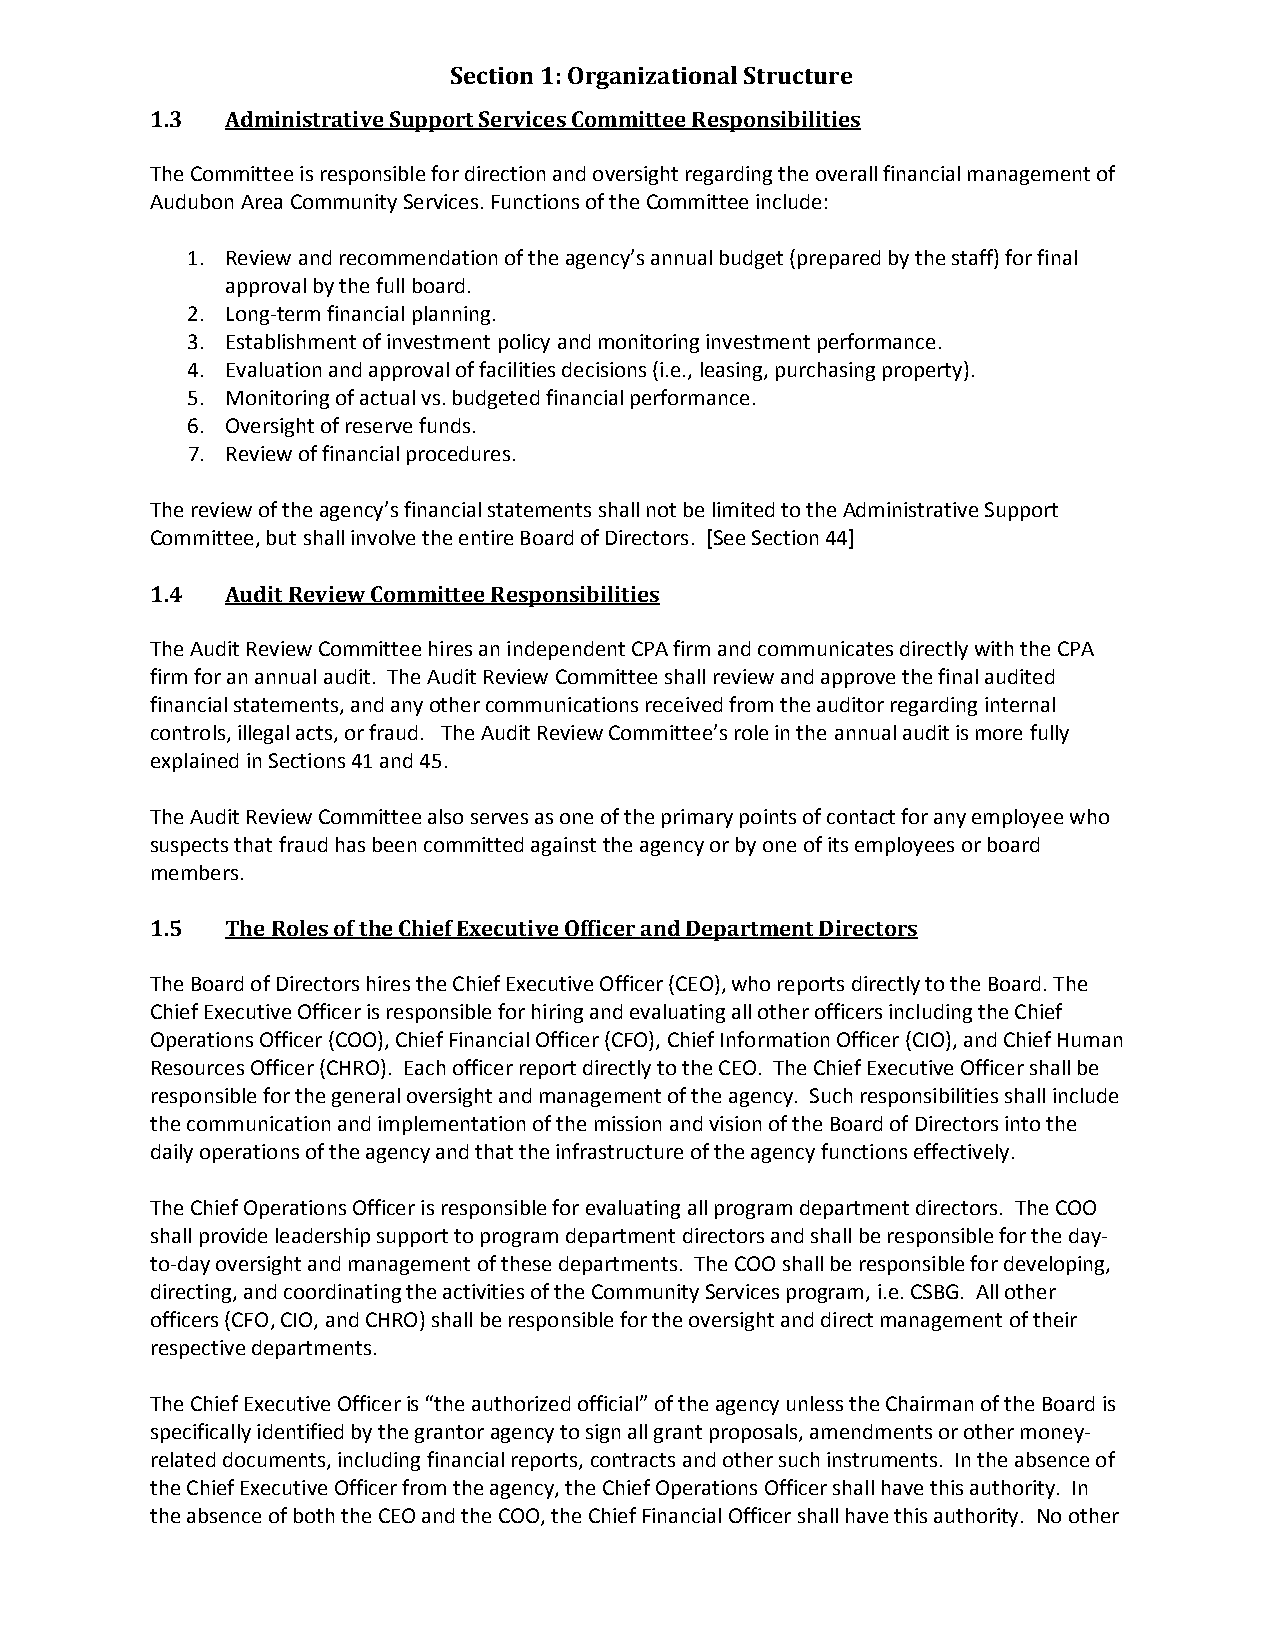
Section 1: Organizational Structure
 1.3  Administrative Support Services Committee Responsibilities
 The Committee is responsible for direction and oversight regarding the overall financial management of
 Audubon Area Community Services. Functions of the Committee include:
 1. Review and recommendation of the agency’s annual budget (prepared by the staff) for final
 approval by the full board.
 2. Long-term financial planning.
 3. Establishment of investment policy and monitoring investment performance.
 4. Evaluation and approval of facilities decisions (i.e., leasing, purchasing property).
 5. Monitoring of actual vs. budgeted financial performance.
 6. Oversight of reserve funds.
 7. Review of financial procedures.
 The review of the agency’s financial statements shall not be limited to the Administrative Support
 Committee, but shall involve the entire Board of Directors. [See Section 44]
 1.4  Audit Review Committee Responsibilities
 The Audit Review Committee hires an independent CPA firm and communicates directly with the CPA
 firm for an annual audit. The Audit Review Committee shall review and approve the final audited
 financial statements, and any other communications received from the auditor regarding internal
 controls, illegal acts, or fraud. The Audit Review Committee’s role in the annual audit is more fully
 explained in Sections 41 and 45.
 The Audit Review Committee also serves as one of the primary points of contact for any employee who
 suspects that fraud has been committed against the agency or by one of its employees or board
 members.
 1.5  The Roles of the Chief Executive Officer and Department Directors
 The Board of Directors hires the Chief Executive Officer (CEO), who reports directly to the Board. The
 Chief Executive Officer is responsible for hiring and evaluating all other officers including the Chief
 Operations Officer (COO), Chief Financial Officer (CFO), Chief Information Officer (CIO), and Chief Human
 Resources Officer (CHRO). Each officer report directly to the CEO. The Chief Executive Officer shall be
 responsible for the general oversight and management of the agency. Such responsibilities shall include
 the communication and implementation of the mission and vision of the Board of Directors into the
 daily operations of the agency and that the infrastructure of the agency functions effectively.
 The Chief Operations Officer is responsible for evaluating all program department directors. The COO
 shall provide leadership support to program department directors and shall be responsible for the day-
 to-day oversight and management of these departments. The COO shall be responsible for developing,
 directing, and coordinating the activities of the Community Services program, i.e. CSBG. All other
 officers (CFO, CIO, and CHRO) shall be responsible for the oversight and direct management of their
 respective departments.
 The Chief Executive Officer is “the authorized official” of the agency unless the Chairman of the Board is
 specifically identified by the grantor agency to sign all grant proposals, amendments or other money-
 related documents, including financial reports, contracts and other such instruments. In the absence of
 the Chief Executive Officer from the agency, the Chief Operations Officer shall have this authority. In
 the absence of both the CEO and the COO, the Chief Financial Officer shall have this authority. No other